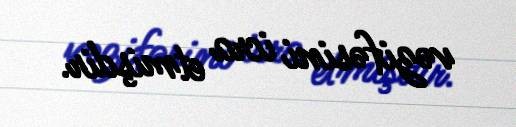
vəzifəsini icra etmişdir.